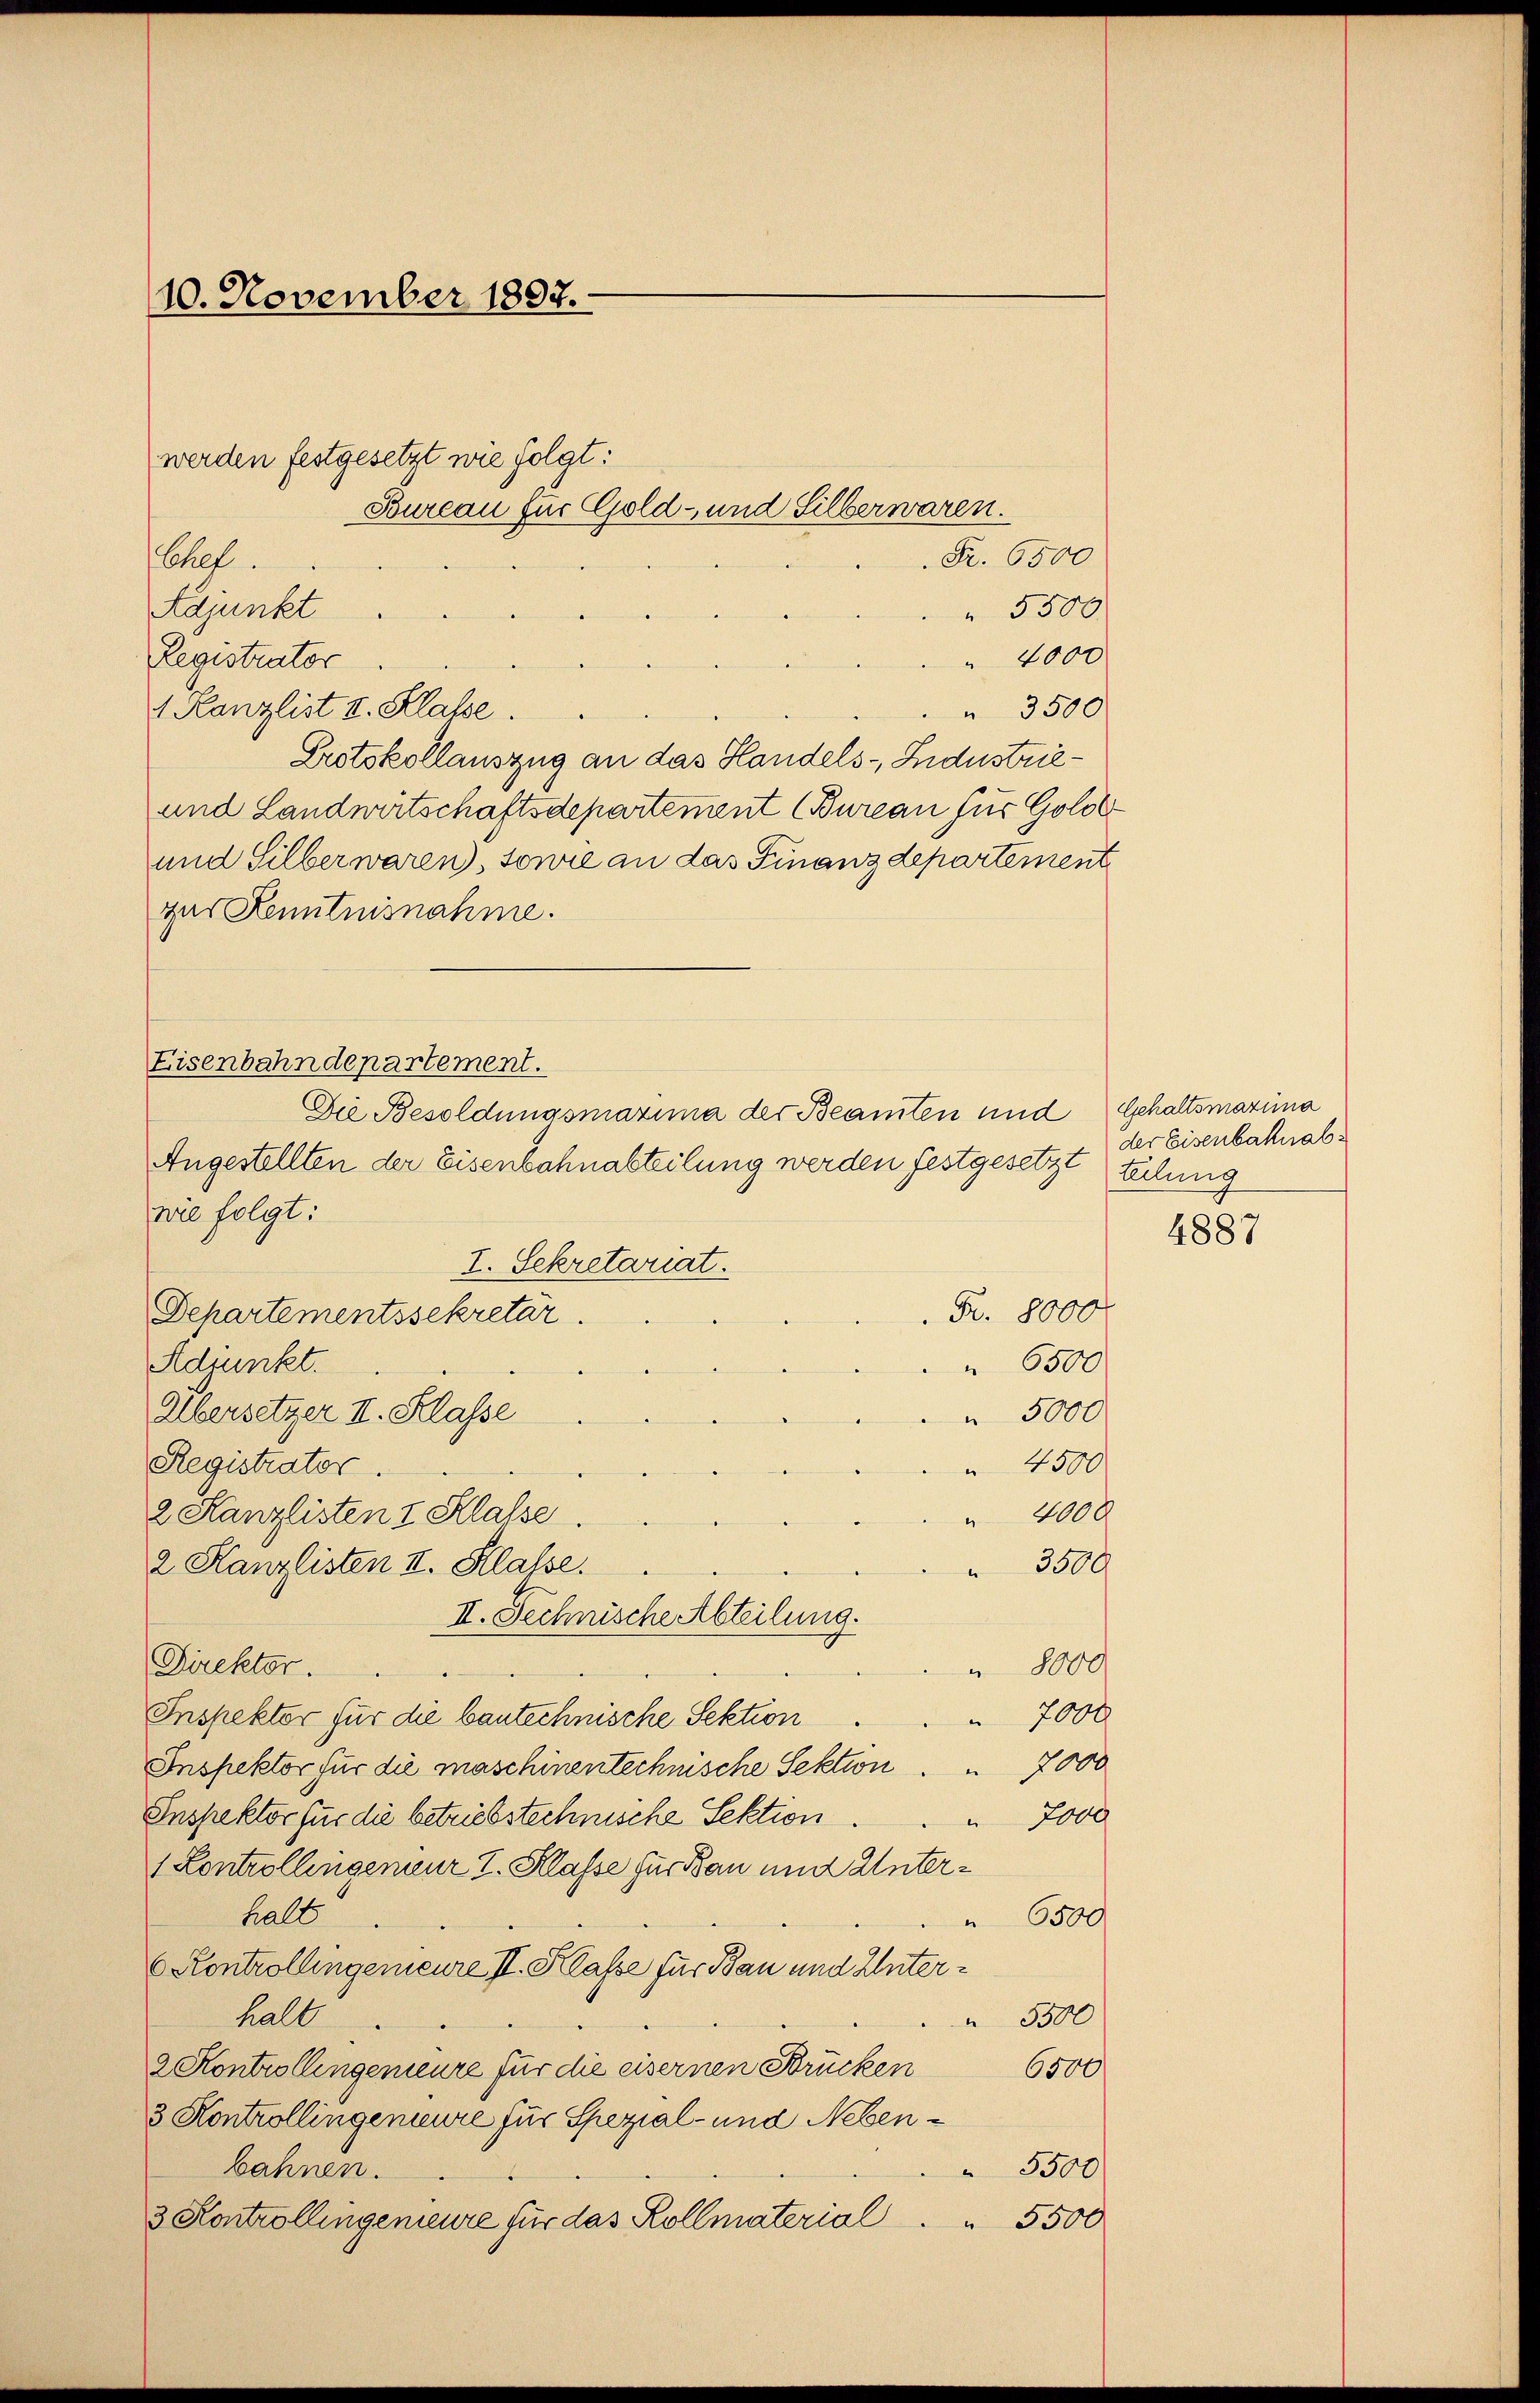
werden festgesetzt wie folgt:
Fr. 6500
Chef.
Adjunkt
 5500
 4000
Registrator
1. Kanzlist v. Klasse.
 3500
Protokollauszug an das Handels- Lidustrie¬
und Landwirtschaftsdepartement (Bureau für Golot
und Silber waren, sowie an das Finanzdepartement
gur Kenntnisnahme.
Eisenbahndepartement.
Angestellten der Eisenbahnabteilung werden festgesetzt teilung
wie folgt:
I. Sekretariat.
Fr. 8000
Departementssekretär.
Adjunkt.
" 6500
Übersetzer II. Klasse
 5000
Registrator.
 4500
 4000
2 Kanzlisten I Klasse.
2 Kanzlisten II. Klasse.
 3500
II. Technische Abteilung.
Direktor.
 8000
Inspektor für die bautechnische Sektion
7000
Inspektor für die maschinen technische Sektion 7000
Inspektor für die betriebstechnische Sektion.
 7000
1 Controllingenieur I. Klasse für Bau und Unterhalt
" 6500
6 Kontrollingemeure II. Klasse für Bau und Unterhalb
 5500
2 Kontrollengemeure für die eisernen Brücken 6500
3 Kontrollingemeure für Spezial- und Nebenbahnen.
5500
3 Kontrollingemeure für das Kollmaterial
 5500

10. November 1897.

Bureau für Gold- und Silberwaren.

Die Besoldungsmazung der Beamten und Gehaltsmazina

der Eisenbahnab¬

4887